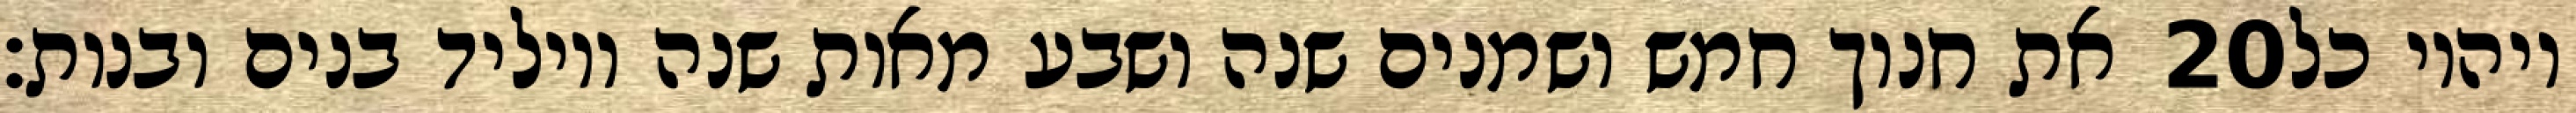
את חנוך חמש ושמנים שנה ושבע מאות שנה ויוליד בנים ובנות׃ ‎20‏ ויהיו כל